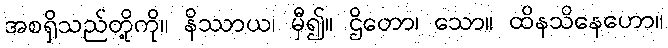
အစရှိသည်တို့ကို။ နိဿာယ၊ မှီ၍။ ဌိတော၊ သော။ ထိနသိနေဟော။